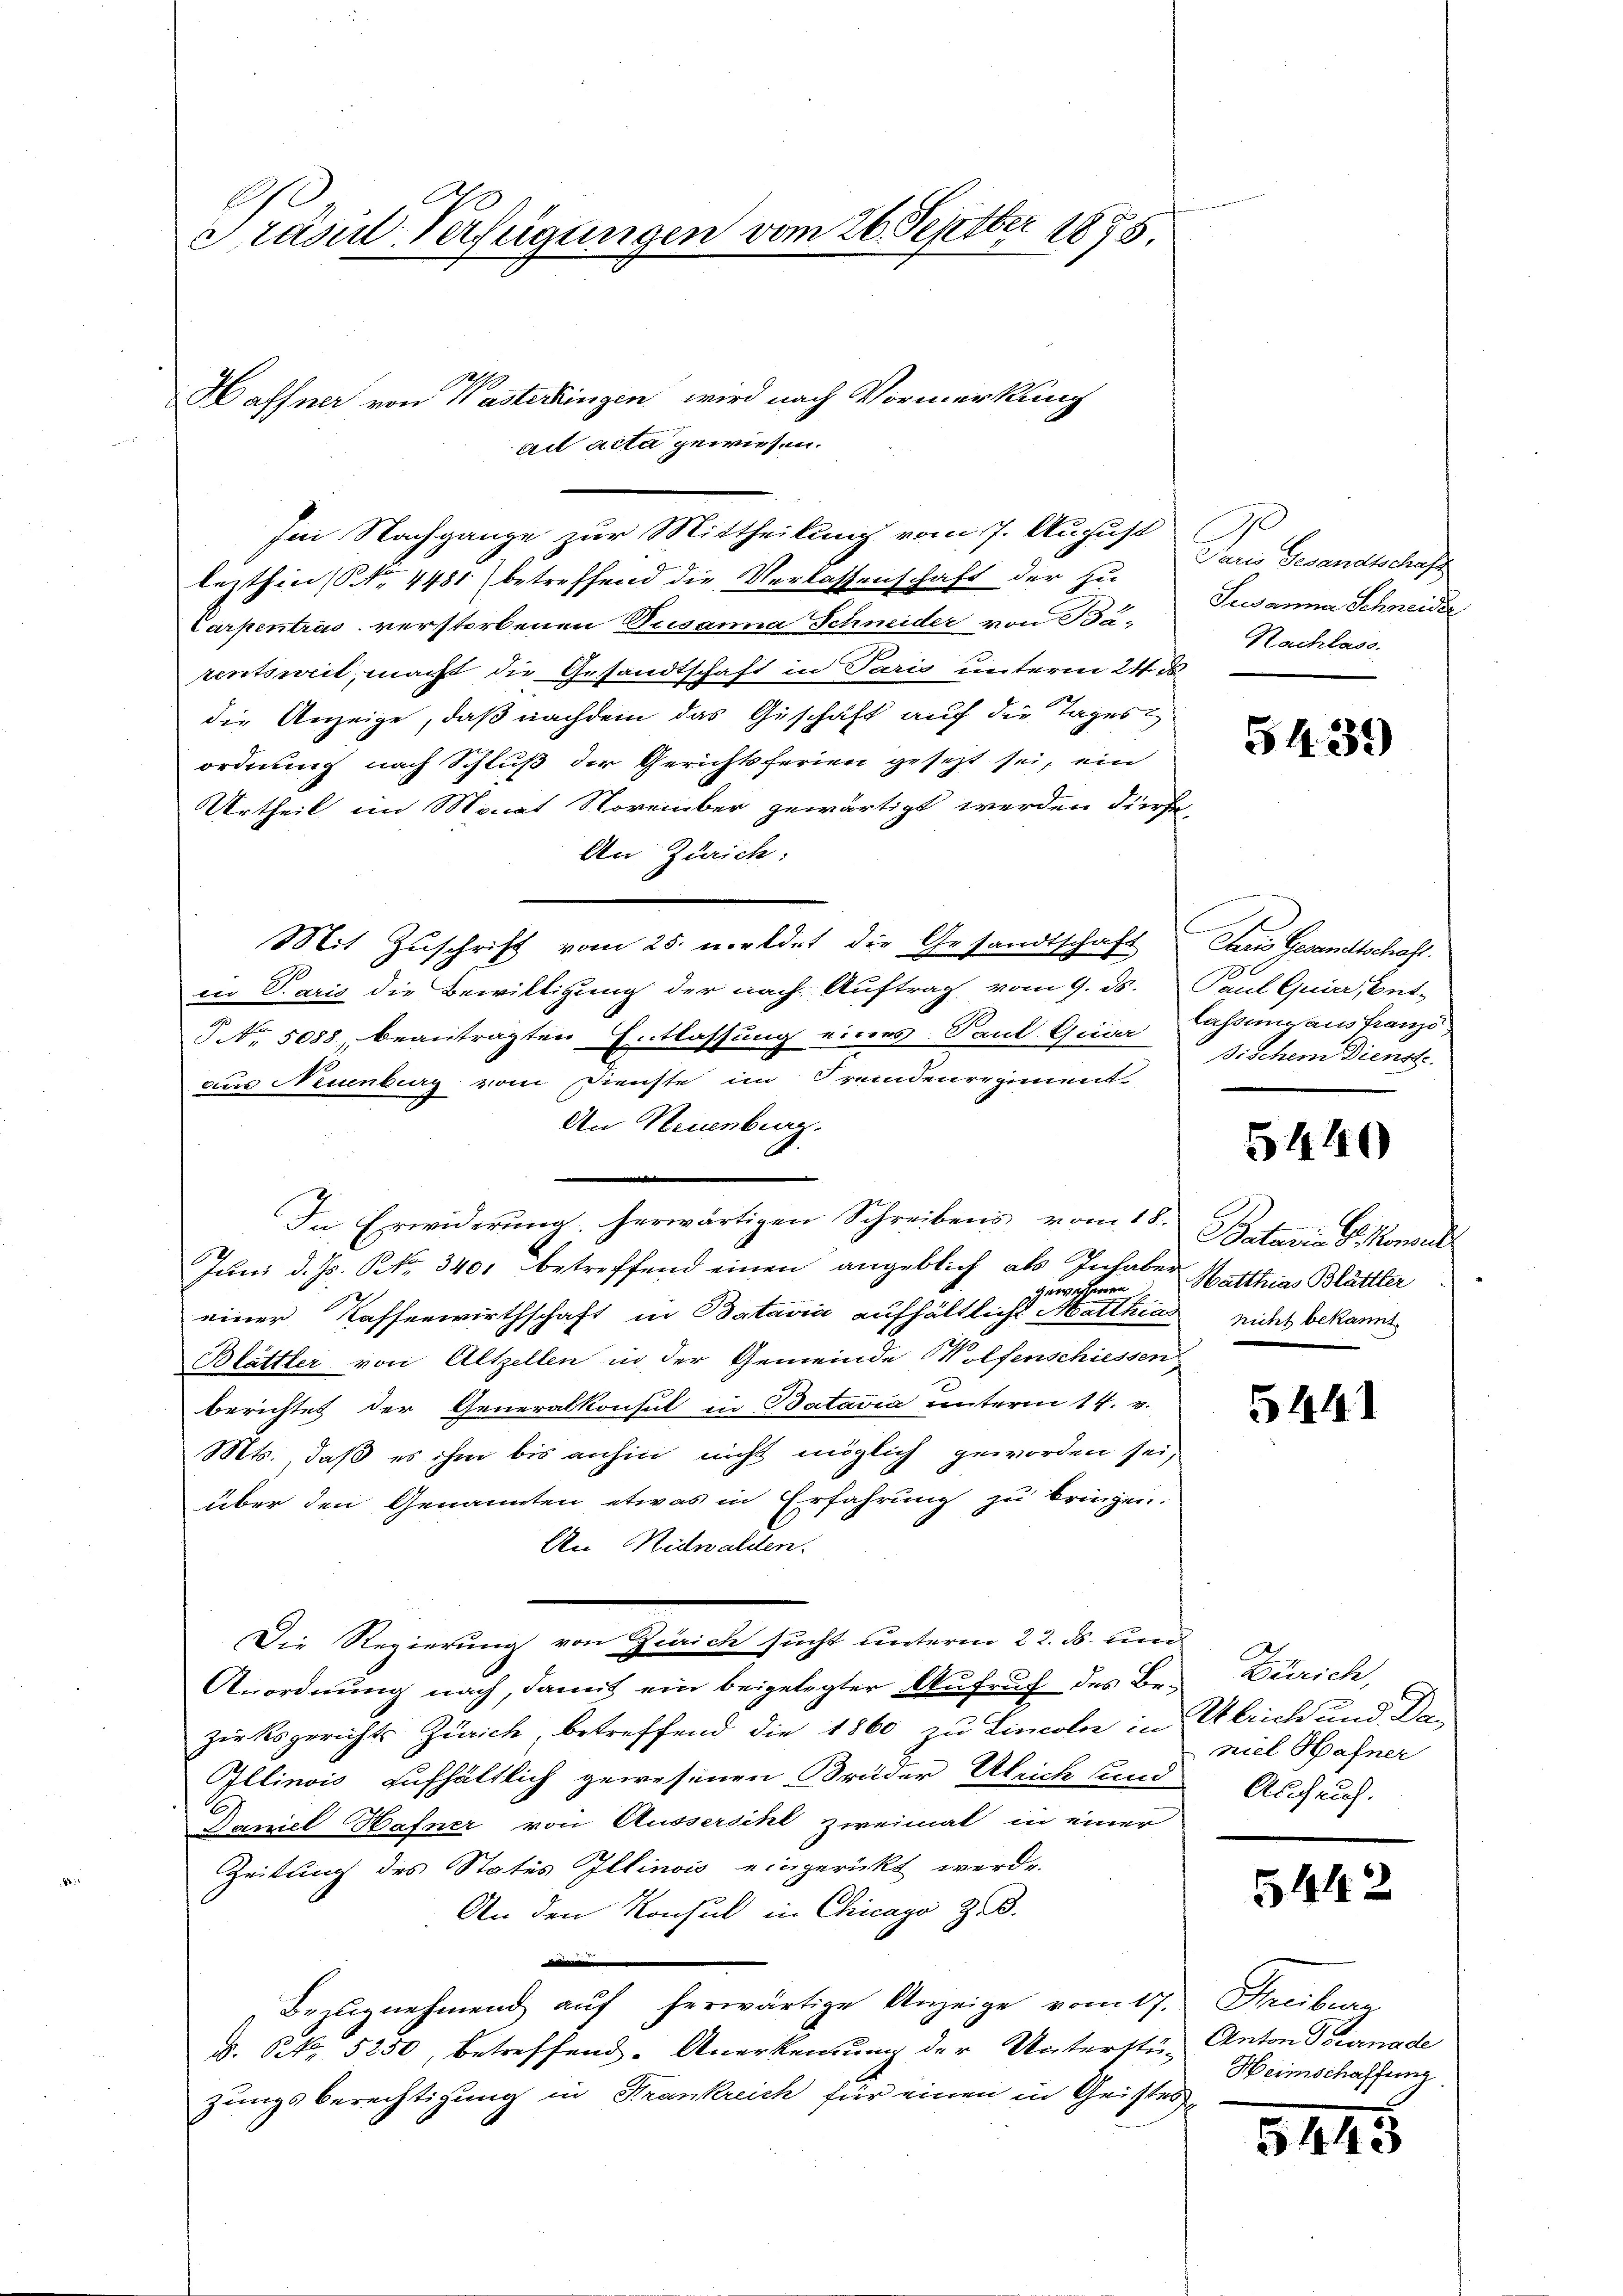
A
Präsul-Verfügungen vom 26. Septbr 1875

Haffner von Wasterdingen wird nach Vormerkung
ad acta gewiesen.

lezthin (Nr. 4481) betreffend die Verlassenschaft der zu
Carpentras verstorbenen Susanna Schneider von Ba-
rentsweil, macht die Gesandtschaft in Paris unterm 24. ds
die Anzeige, daß nachdem das Geschäft auf die Tages
ordnung nach Schluß der Gerichtsferien gesetzt sei, ein
Urtheil im Monat November gewärtigt werden diese
An Zürich:
Mit Zuschrift vom 25. Mordet die Gesandtschaft
ir Paris die Bewilligung der nach Auftrag vom 9. ds. Paul Quirr, Ent-
§ No. 5088, beantragten Entlassung eines Sant. Quider Cassangaus franzö
aus Neuenburg vom Dienste im Fremdenregiment
An Neuenburg.
.
In Erwiderung herwärtigen Schreibens vom 18. Batavi G. Monal
Juni d. Js. No. 340, betreffend einen angeblich als Inhaber Matthias Blättter
e
einer Kassenwirthschaft in Batavia aufhältliche Matthias nicht bekannt
Blättler von Altzellen in der Gemeinde Wolfenschiessen
berichtet der Generalkonsul in Batavia unterm 14. v.
Mts. daß es ihm bis anhin nicht möglich geworden sei,
über den Genannten etwas in Erfahrung zu bringen.
An Nidwalden.
Die Regierung von Zürich sucht unterm 22. ds. und
Anordnung nach, damit ein beigelegter Aufruf des Bezirksgerichts Zürich, betreffend die 1860 zu Linoln in Ulrich und Dan
Illinois aufhältlich gewesenen Brüder Gleich sund
Faniel Hafner von Aussersihl zweimat in einer
Zeitung des Status Illinois eingerückt werde.
An den Konsul in Chicago z. B.
i
Bezugnehmend auf herwärtige Anzeige vom 17.
s. S. 5250, betreffend. Anerkennung der Untersten Anton Tournade
zungsberechtigung in Frankreich für einen in Geistes¬

Im Nachgange zur Mittheilung vom 7. August

1

Den Kenntni
Susanna Schneider
Nachlass

5439)

Dans Gesandtschaft.
190
ßischem Dienste.

5440

1er

5441

Zürich,
niel Hafner
Auch auch.

5442

Grubenz
Heimschaffung.

8165